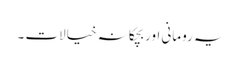
یہ رومانی اور بچکانہ خیالات ۔